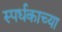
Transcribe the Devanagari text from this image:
स्पर्धकाच्या